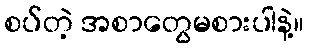
စပ်တဲ့ အစာတွေမစားပါနဲ့။